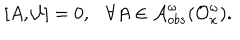
[ A , { \cal U } ] = 0 , \forall A \in { \cal A } _ { o b s } ^ { \omega } ( { \cal O } _ { x } ^ { \omega } ) .